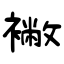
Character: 襒